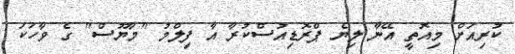
ކުރިއަށް މިއޮތީ އޭނާ ލިޔެ ޕްރޮޑިއުސްކުރާ އާ ފިލްމު "މާޔޫސް" ގެ ވާހަކަ